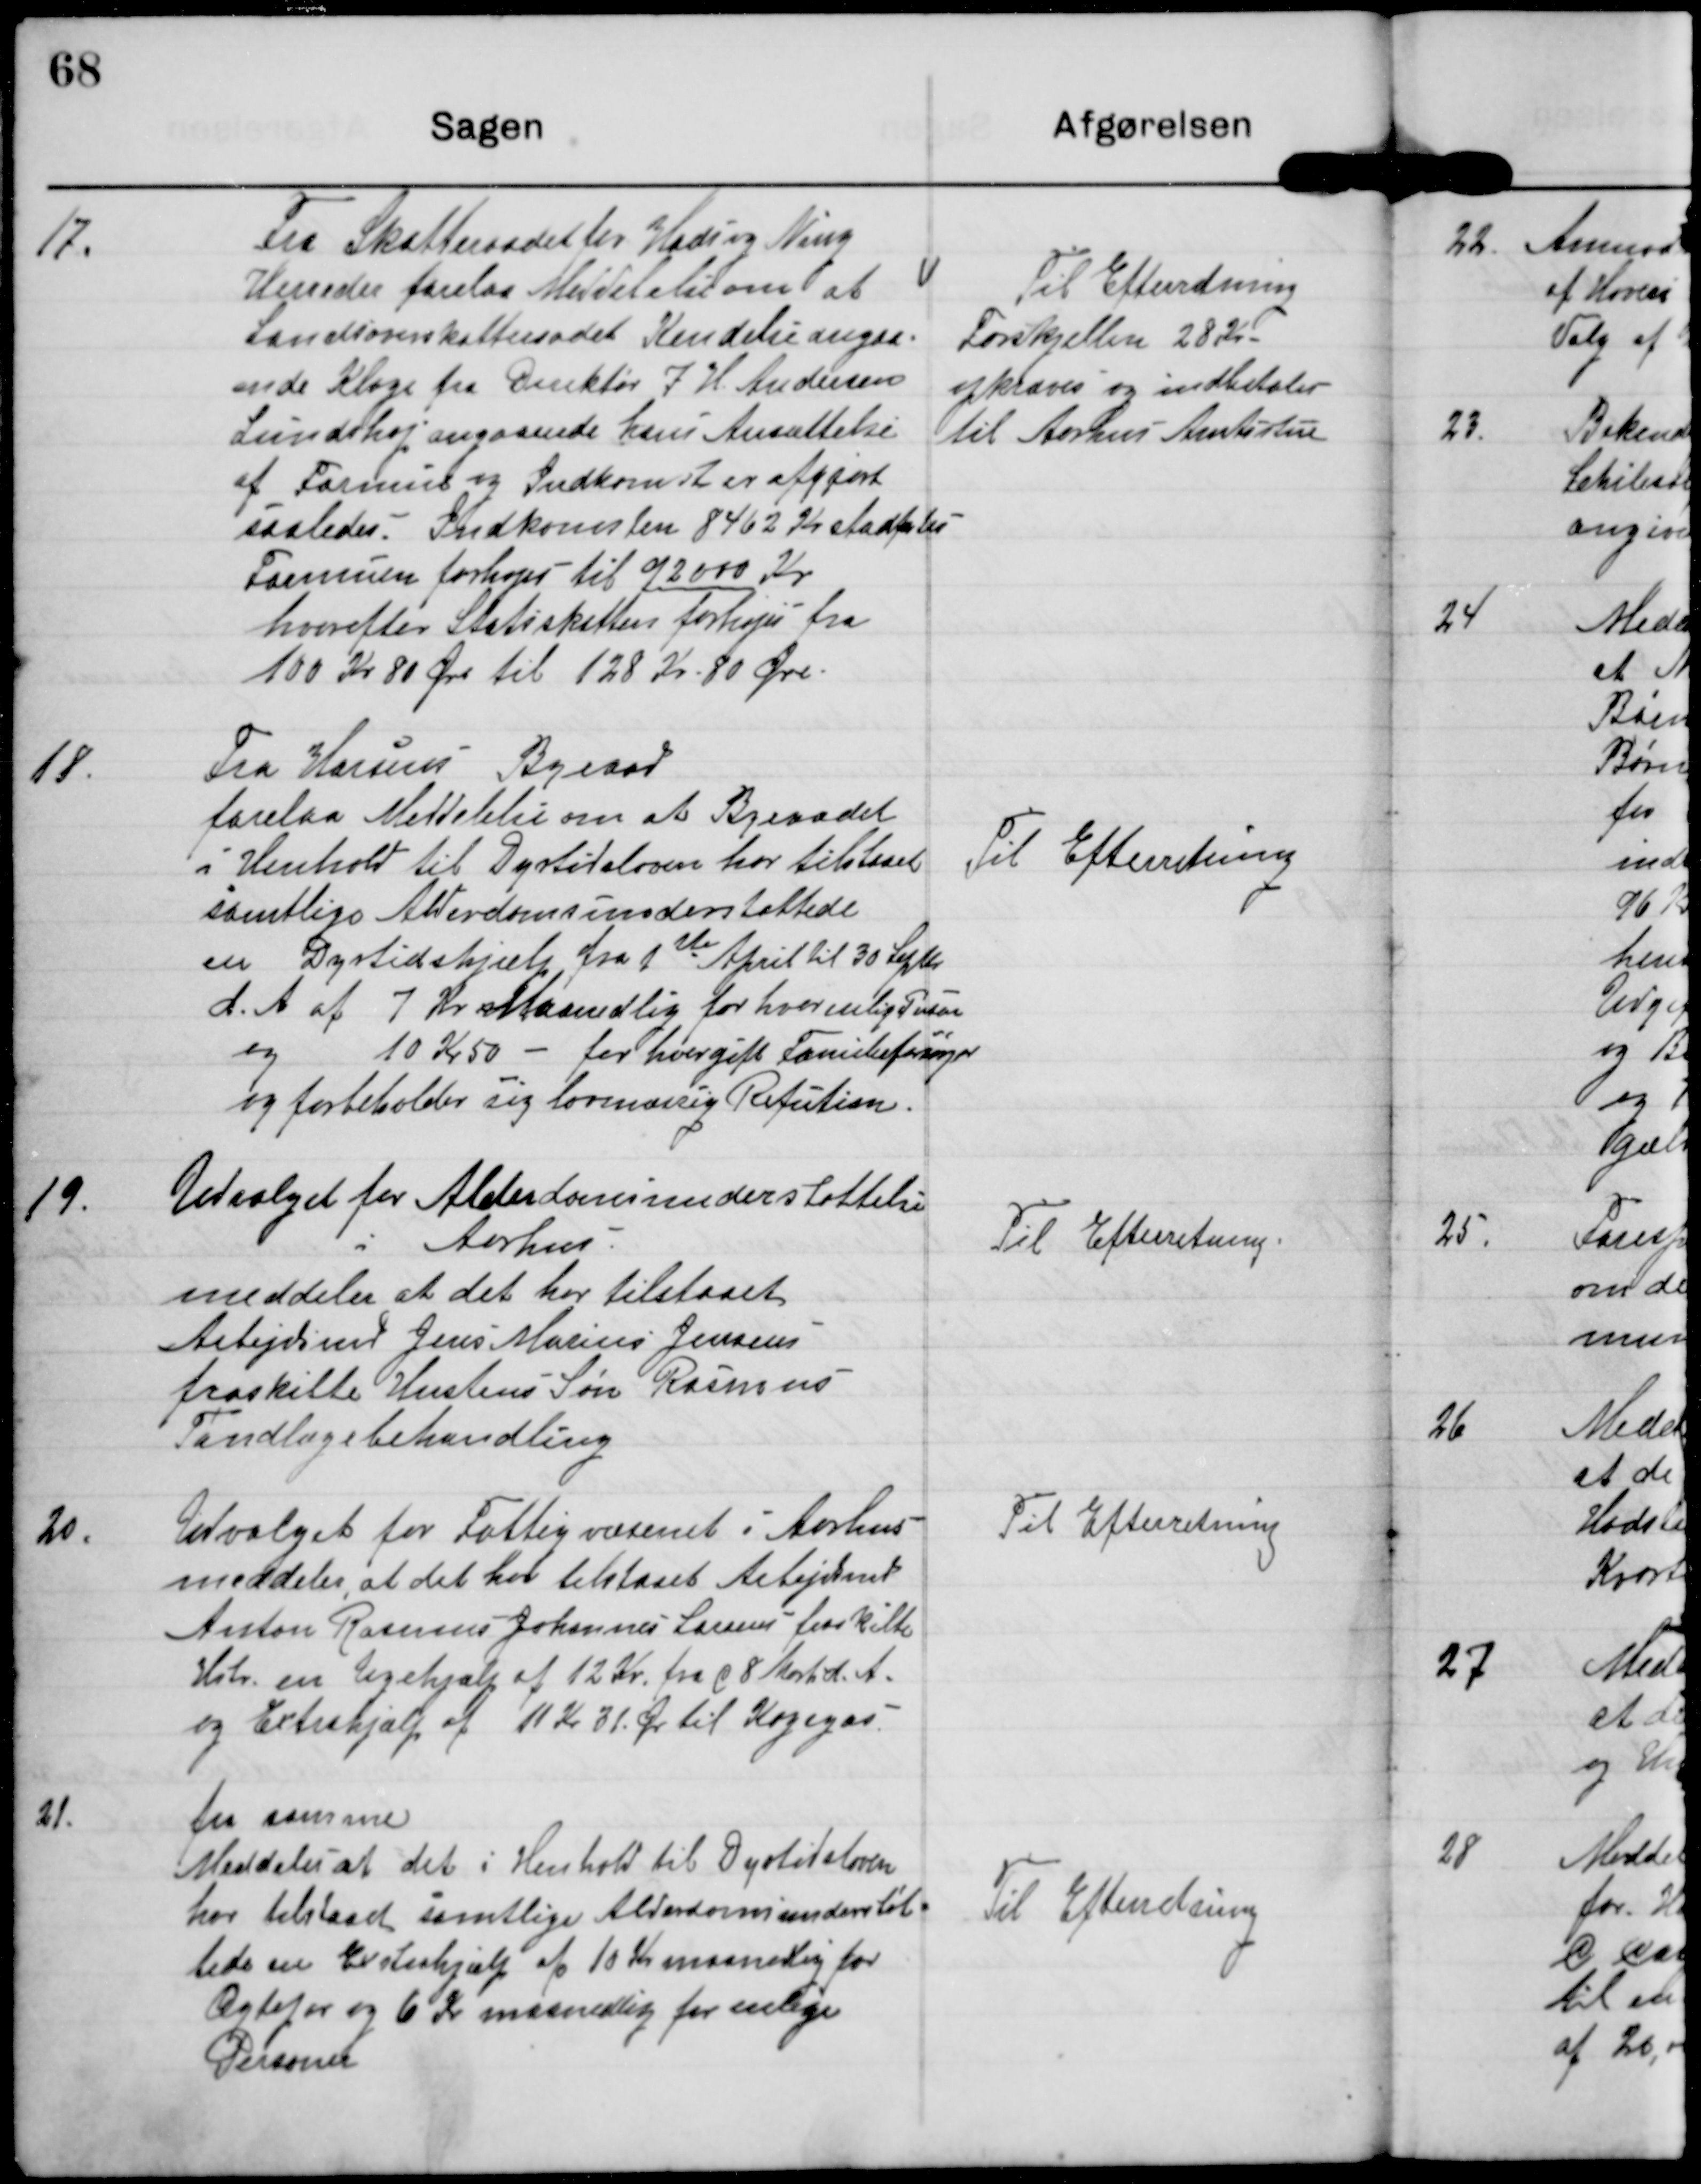
Transskription:
17. Fra Skatteraadet for Hads og Ning
Herreder forlaa Meddelelse om at
Landsoverskatteraadets Kendelse angaa-
ende Klage fra Direktør J H Andersen
Lundshøj angaaende hans Ansættelse
af Formue og Indkomst er afgjort
saaledes. Indkomsten 8462 Kr stadfæstes
Formuen forhøjes til 92000 Kr
hvorefter Statsskatten forhøjes fra
100 kr 80 Øre til 128 Kr 90 Øre

Til Efterretning
Forskjellen 28 Kr
opkræves og indbetaler
til Aarhus Amtsstue

18. Fra Horsens Byraad
forelaa Meddelelse om at Byraadet
i Henhold til Dyrtidsloven har tilstaaet
samtlige Aldersomsunderstøttede
en Dyrtidshjælp fra 1st April til 30 Septbr
d.A af 7 Kr Maanedlig for hver enlig Person
og 10 kr 50 for hver gifte Familieforsørger
og forbeholder sig lovmæssig Refution.

Til Efterretning

19. Udvalget for Alderdomsunderstøttelse
i Aarhus
meddeler at det har tilstaaet
Arbejdsmd Jens Marius Jensens
fraskilte Hustrus Søn Rasmus
Tandlægebehandling

Til Efterretning

20. Udvalget for Fattigvæsenet i Aarhus
meddeler, at det har tilstaaet Arbejdsmd
Anton Rasmus Johannes Larsens fraskilte
Hustr. en Ugehjælp af 12 Kr fra d 8 Marts d.A.
og Extrahjælp af 11 Kr 31 Øre til Kogegas

Til Efterretning

21. fra samme
Meddeler at det i Henhold til Dyrtidsloven
har tilstaaet samtlige Alderdomsunderstøt-
tede en Extrahjælp af 10 Kr maanedlig for
Ægtepar og 6 Kr maanedlig for enlige
Personer.

Til Efterretning